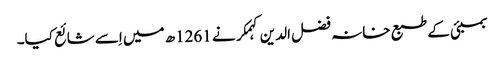
بمبئی کے طبع خانہ فضل الدین کہمکر نے 1261ھ میں اِسے شائع کیا۔